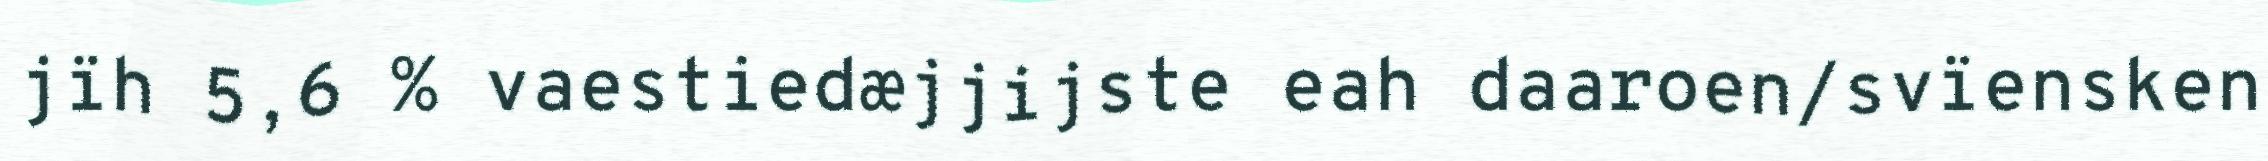
jïh 5,6 % vaestiedæjjijste eah daaroen/svïensken